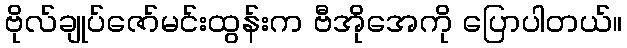
ဗိုလ်ချုပ်ဇော်မင်းထွန်းက ဗီအိုအေကို ပြောပါတယ်။